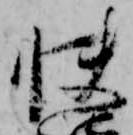
快